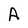
Character: A